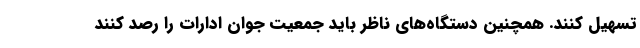
تسهیل کنند. همچنین دستگاه‌های ناظر باید جمعیت جوان ادارات را رصد کنند